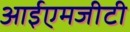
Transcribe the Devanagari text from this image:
आईएमजीटी